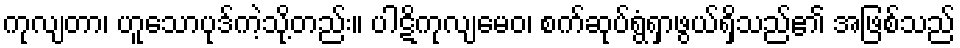
ကုလျတာ၊ ဟူသောပုဒ်ကဲ့သို့တည်း။ ပါဋိကုလျမေဝ၊ စက်ဆုပ်ရွံရှာဖွယ်ရှိသည်၏ အဖြစ်သည်